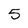
Character: 5